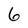
Character: 6